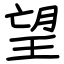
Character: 望